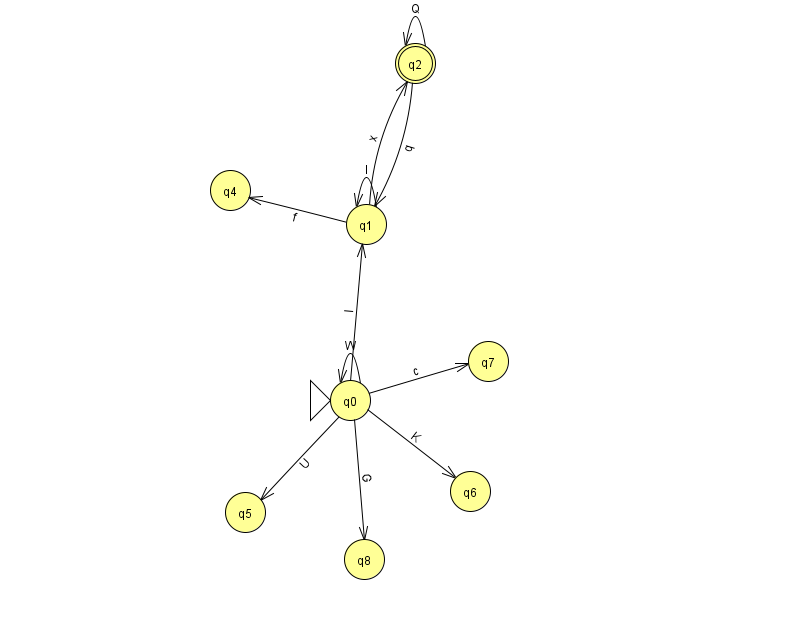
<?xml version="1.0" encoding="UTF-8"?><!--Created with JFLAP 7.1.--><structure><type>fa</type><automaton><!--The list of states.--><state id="0" name="q0"><x>350.0</x><y>387.0</y><initial/></state><state id="1" name="q1"><x>366.0</x><y>211.0</y></state><state id="2" name="q2"><x>415.0</x><y>50.0</y><final/></state><state id="4" name="q4"><x>230.0</x><y>177.0</y></state><state id="5" name="q5"><x>245.0</x><y>499.0</y></state><state id="6" name="q6"><x>470.0</x><y>478.0</y></state><state id="7" name="q7"><x>488.0</x><y>348.0</y></state><state id="8" name="q8"><x>364.0</x><y>546.0</y></state><!--The list of transitions.--><transition><from>2</from><to>1</to><read>q</read></transition><transition><from>2</from><to>2</to><read>Q</read></transition><transition><from>0</from><to>8</to><read>G</read></transition><transition><from>0</from><to>6</to><read>K</read></transition><transition><from>1</from><to>4</to><read>f</read></transition><transition><from>0</from><to>0</to><read>W</read></transition><transition><from>1</from><to>2</to><read>x</read></transition><transition><from>1</from><to>1</to><read>l</read></transition><transition><from>0</from><to>5</to><read>U</read></transition><transition><from>0</from><to>1</to><read>l</read></transition><transition><from>0</from><to>7</to><read>c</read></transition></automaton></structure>